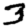
Digit: 3